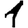
Digit: 1